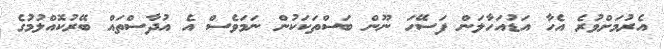
އެރުމަށްވުރެ އެހާ އަޑުއަހާލަން ފަސޭހަ ނޫން ބަސްތަކަކުން ނަމަވެސް އެ އުދާސްތައް ބޭރުކޮއްލުމުގެ